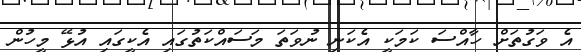
އެ ވަގުތަށް ހާއްސަ ކަމަކީ އެކަނި ނުވަަތަ މަސައްކަތުގައި އެކީގައި އުޅޭ މީހުން